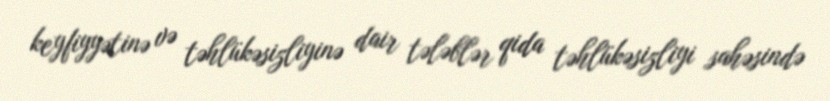
keyfiyyətinə və təhlükəsizliyinə dair tələblər qida təhlükəsizliyi sahəsində